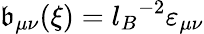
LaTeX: \mathfrak{b}_{\mu\nu}(\xi)={l_{B}}^{-2}\varepsilon_{\mu\nu}